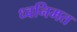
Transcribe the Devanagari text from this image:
ध्वनिमत